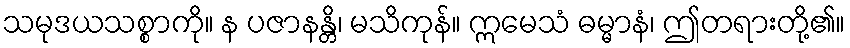
သမုဒယသစ္စာကို။ န ပဇာနန္တိ၊ မသိကုန်။ ဣမေသံ ဓမ္မာနံ၊ ဤတရားတို့၏။